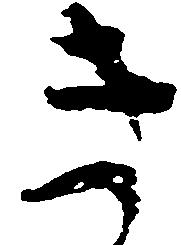
き